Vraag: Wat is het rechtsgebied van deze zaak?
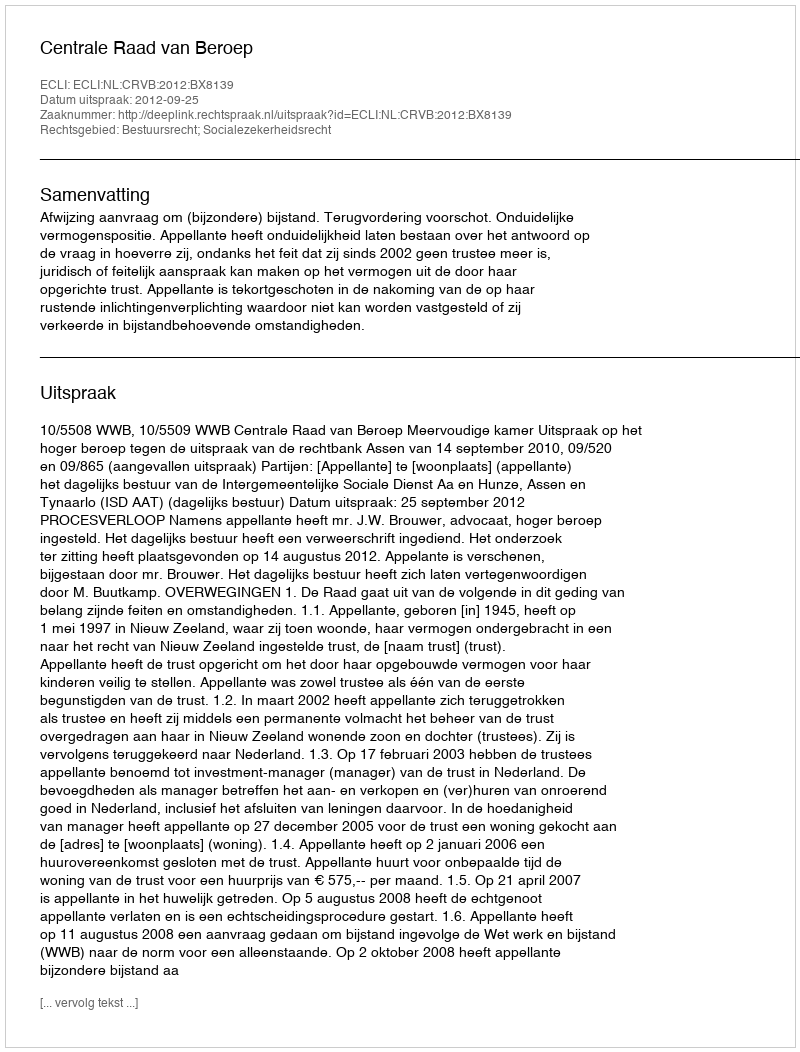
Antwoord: Bestuursrecht; Socialezekerheidsrecht